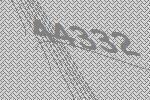
44332